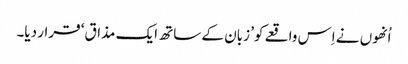
اُنھوں نے اِس واقعے کو’ زبان کے ساتھ ایک مذاق‘ قرار دیا۔